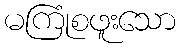
မကြုံစဖူးသော